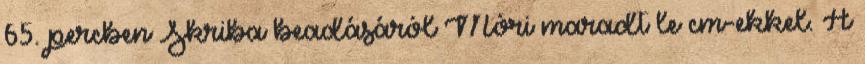
65. percben Skriba beadásáról Móri maradt le cm-ekkel. A